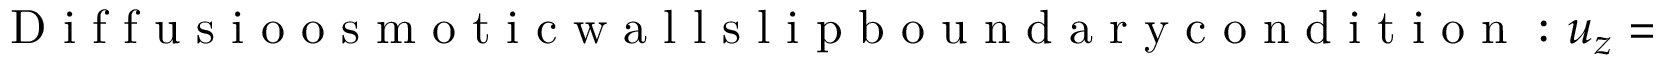
\mathrm { ~ D ~ i ~ f ~ f ~ u ~ s ~ i ~ o ~ o ~ s ~ m ~ o ~ t ~ i ~ c ~ w ~ a ~ l ~ l ~ s ~ l ~ i ~ p ~ b ~ o ~ u ~ n ~ d ~ a ~ r ~ y ~ c ~ o ~ n ~ d ~ i ~ t ~ i ~ o ~ n ~ : ~ } u _ { z } = \frac { \Gamma _ { w } } { D _ { s } } \frac { \partial \ln c } { \partial z } ~ \mathrm { ~ a ~ t ~ } ~ r = 1 .